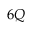
6 Q